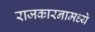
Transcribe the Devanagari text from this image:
राजकारनामध्ये